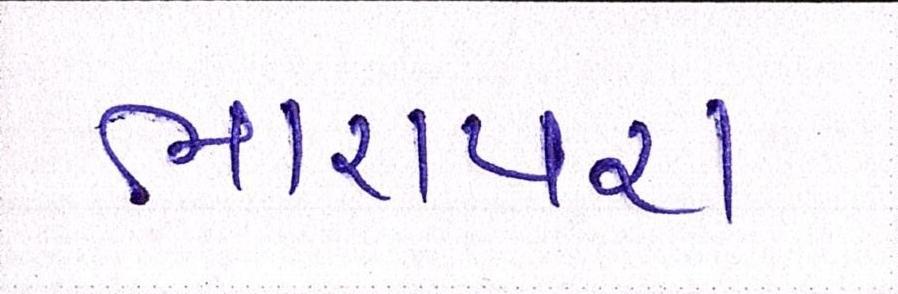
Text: ભારાપરા